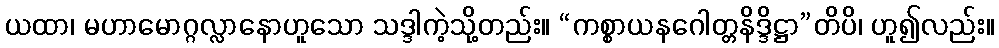
ယထာ၊ မဟာမောဂ္ဂလ္လာနောဟူသော သဒ္ဒါကဲ့သို့တည်း။ “ကစ္စာယနဂေါတ္တနိဒ္ဒိဋ္ဌာ”တိပိ၊ ဟူ၍လည်း။